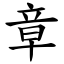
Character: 章